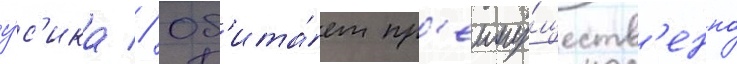
у́с'ика // Об'ита́ет пр'еиму́ществ'енно